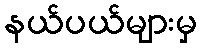
နယ်ပယ်များမှ